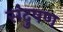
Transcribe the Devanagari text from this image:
संदुषण